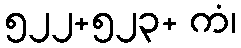
၅၂၂+၅၂၃+ ကံ၊